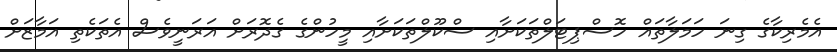
އެމެރިކާގެ ގިނަ ހަމަލާތައް ހޮސްޕިޓަލްތަކަށާއި ސްކޫލްތަކަށާއި މީހުންގެ ގެދޮރަށް އަރަނީވެސް އެތަކެތި އަމާޒަށް